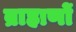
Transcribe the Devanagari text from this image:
ब्राहाणों